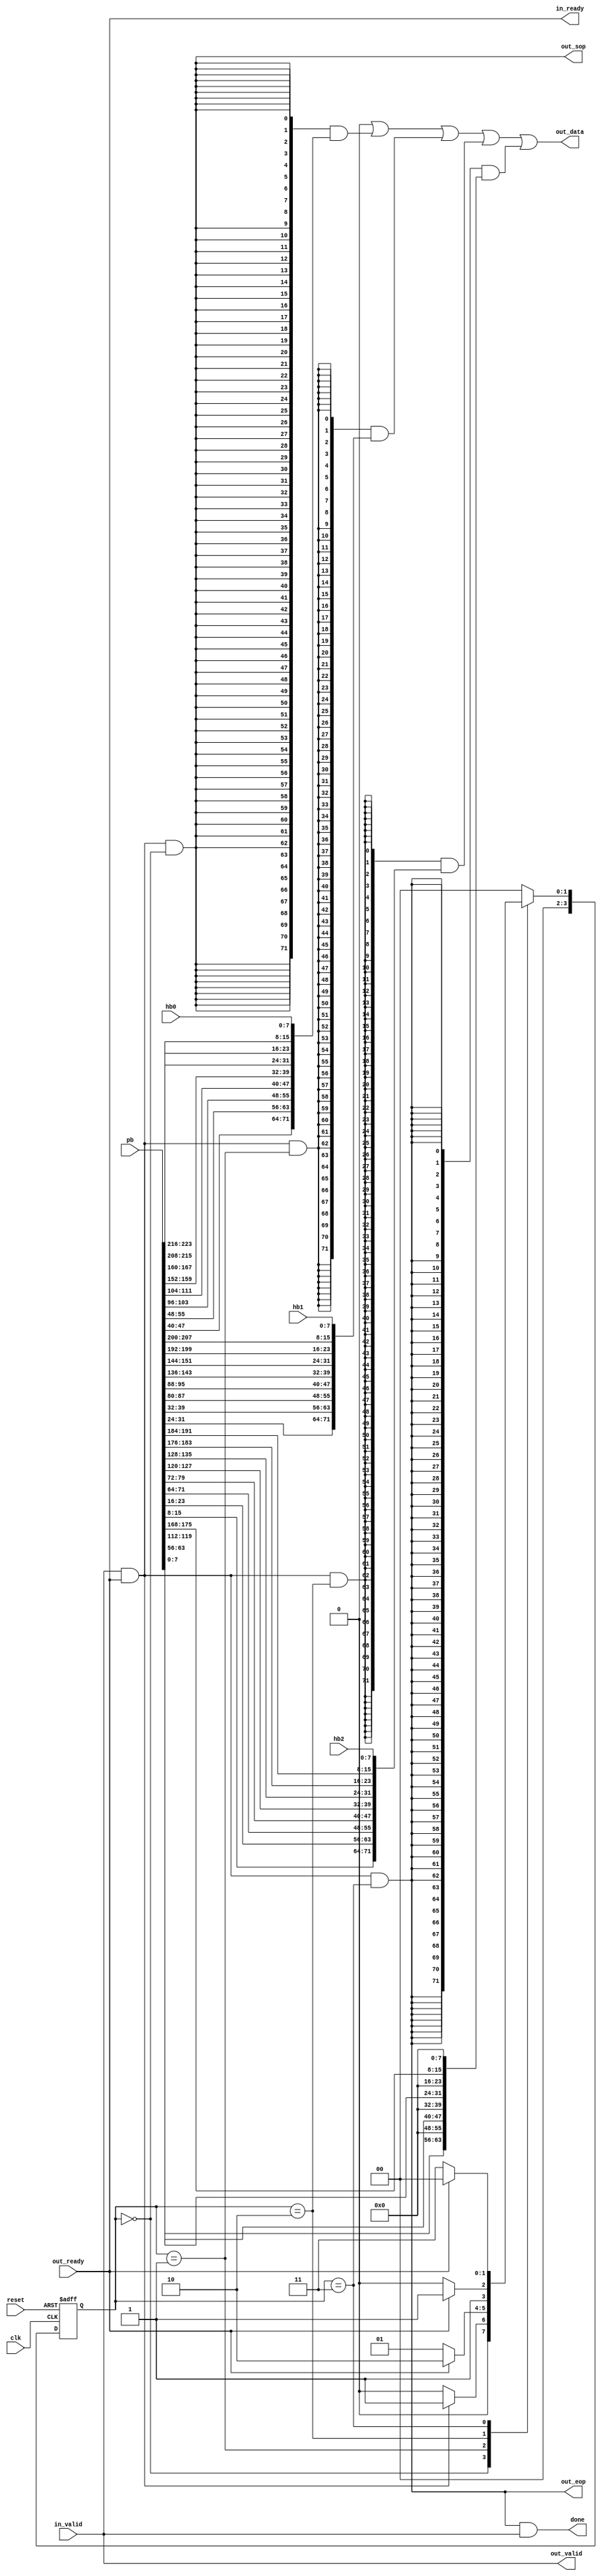
// (C) 2001-2018 Intel Corporation. All rights reserved.
// Your use of Intel Corporation's design tools, logic functions and other 
// software and tools, and its AMPP partner logic functions, and any output 
// files from any of the foregoing (including device programming or simulation 
// files), and any associated documentation or information are expressly subject 
// to the terms and conditions of the Intel Program License Subscription 
// Agreement, Intel FPGA IP License Agreement, or other applicable 
// license agreement, including, without limitation, that your use is for the 
// sole purpose of programming logic devices manufactured by Intel and sold by 
// Intel or its authorized distributors.  Please refer to the applicable 
// agreement for further details.


// (C) 2001-2017 Intel Corporation. All rights reserved.
// Your use of Intel Corporation's design tools, logic functions and other 
// software and tools, and its AMPP partner logic functions, and any output 
// files from any of the foregoing (including device programming or simulation 
// files), and any associated documentation or information are expressly subject 
// to the terms and conditions of the Intel Program License Subscription 
// Agreement, Intel FPGA IP License Agreement, or other applicable 
// license agreement, including, without limitation, that your use is for the 
// sole purpose of programming logic devices manufactured by Intel and sold by 
// Intel or its authorized distributors.  Please refer to the applicable 
// agreement for further details.


// synthesis translate_off
`timescale 1ns / 1ns
// synthesis translate_on

module altera_hdmi_aux_src(

clk, reset,

// Rising edge requests packet send
in_valid,
in_ready,
done,


// Exported payload input
hb0,
hb1,
hb2,

// Payload input
pb,


// Avalon ST-output
out_data,
out_sop,
out_eop,
out_valid,
out_ready


);

input wire clk, reset;

input wire [7:0] hb0,hb1,hb2;

input wire [8*28-1:0] pb;
				 
input wire in_valid;
output wire in_ready;
output wire done; // Asserts when EOP is sent

// Avalon ST-output
output wire [71:0] out_data;
output wire out_sop;
output wire out_eop;
output wire out_valid;
input  wire out_ready;

// Signal the packet has been sent
assign done = out_eop & out_valid;

// Fanout payload
wire [7:0] pb0,pb1,pb2,pb3,pb4,
         pb5,pb6,pb7,pb8,pb9,
				 pb10,pb11,pb12,pb13,
				 pb14,pb15,pb16,pb17,
				 pb18,pb19,pb20,pb21,
				 pb22,pb23,pb24,pb25,
				 pb26,pb27;
				 
		
assign {pb0,pb1,pb2,pb3,pb4,
        pb5,pb6,pb7,pb8,pb9,
	     pb10,pb11,pb12,pb13,
		  pb14,pb15,pb16,pb17,
		  pb18,pb19,pb20,pb21,
		  pb22,pb23,pb24,pb25,
		  pb26,pb27} = pb;

reg [3:0] state;
always @(posedge clk or posedge reset)
  if(reset)
    begin
	  state <= 0;
	 end
  else
    begin
	  case(state)
	    0 : begin 
		  state <= (in_valid &  out_ready) ? 4'd1 : 4'd0;
		end
   	1 : begin
		  state <= (out_ready) ? 4'd2 : 4'd1; 
		end
		2 : begin 
		  state <= (out_ready) ? 4'd3 : 4'd2;
		end
		3 : begin 
		  state <= (out_ready) ? 4'd0 : 4'd3; 
		end
		default :
		  state <= 0;
	  endcase
	 end
	 
assign out_valid = in_valid;
assign in_ready  = out_ready;

assign out_data = 72'd0
                | {72{in_valid &  out_ready & (state == 0)}} & {pb22, pb21, pb15, pb14, pb8,  pb7,  pb1,  pb0, hb0} 
                | {72{in_valid &  out_ready & (state == 1)}} & {pb24, pb23, pb17, pb16, pb10, pb9,  pb3,  pb2, hb1}
                | {72{in_valid &  out_ready & (state == 2)}} & {pb26, pb25, pb19, pb18, pb12, pb11, pb5,  pb4, hb2}
                | {72{in_valid &  out_ready & (state == 3)}} & {8'd0, pb27, 8'd0, pb20, 8'd0, pb13, 8'd0, pb6, 8'd0};
                
assign out_sop = in_valid &  out_ready & (state == 0);
assign out_eop = in_valid &  out_ready & (state == 3);
endmodule